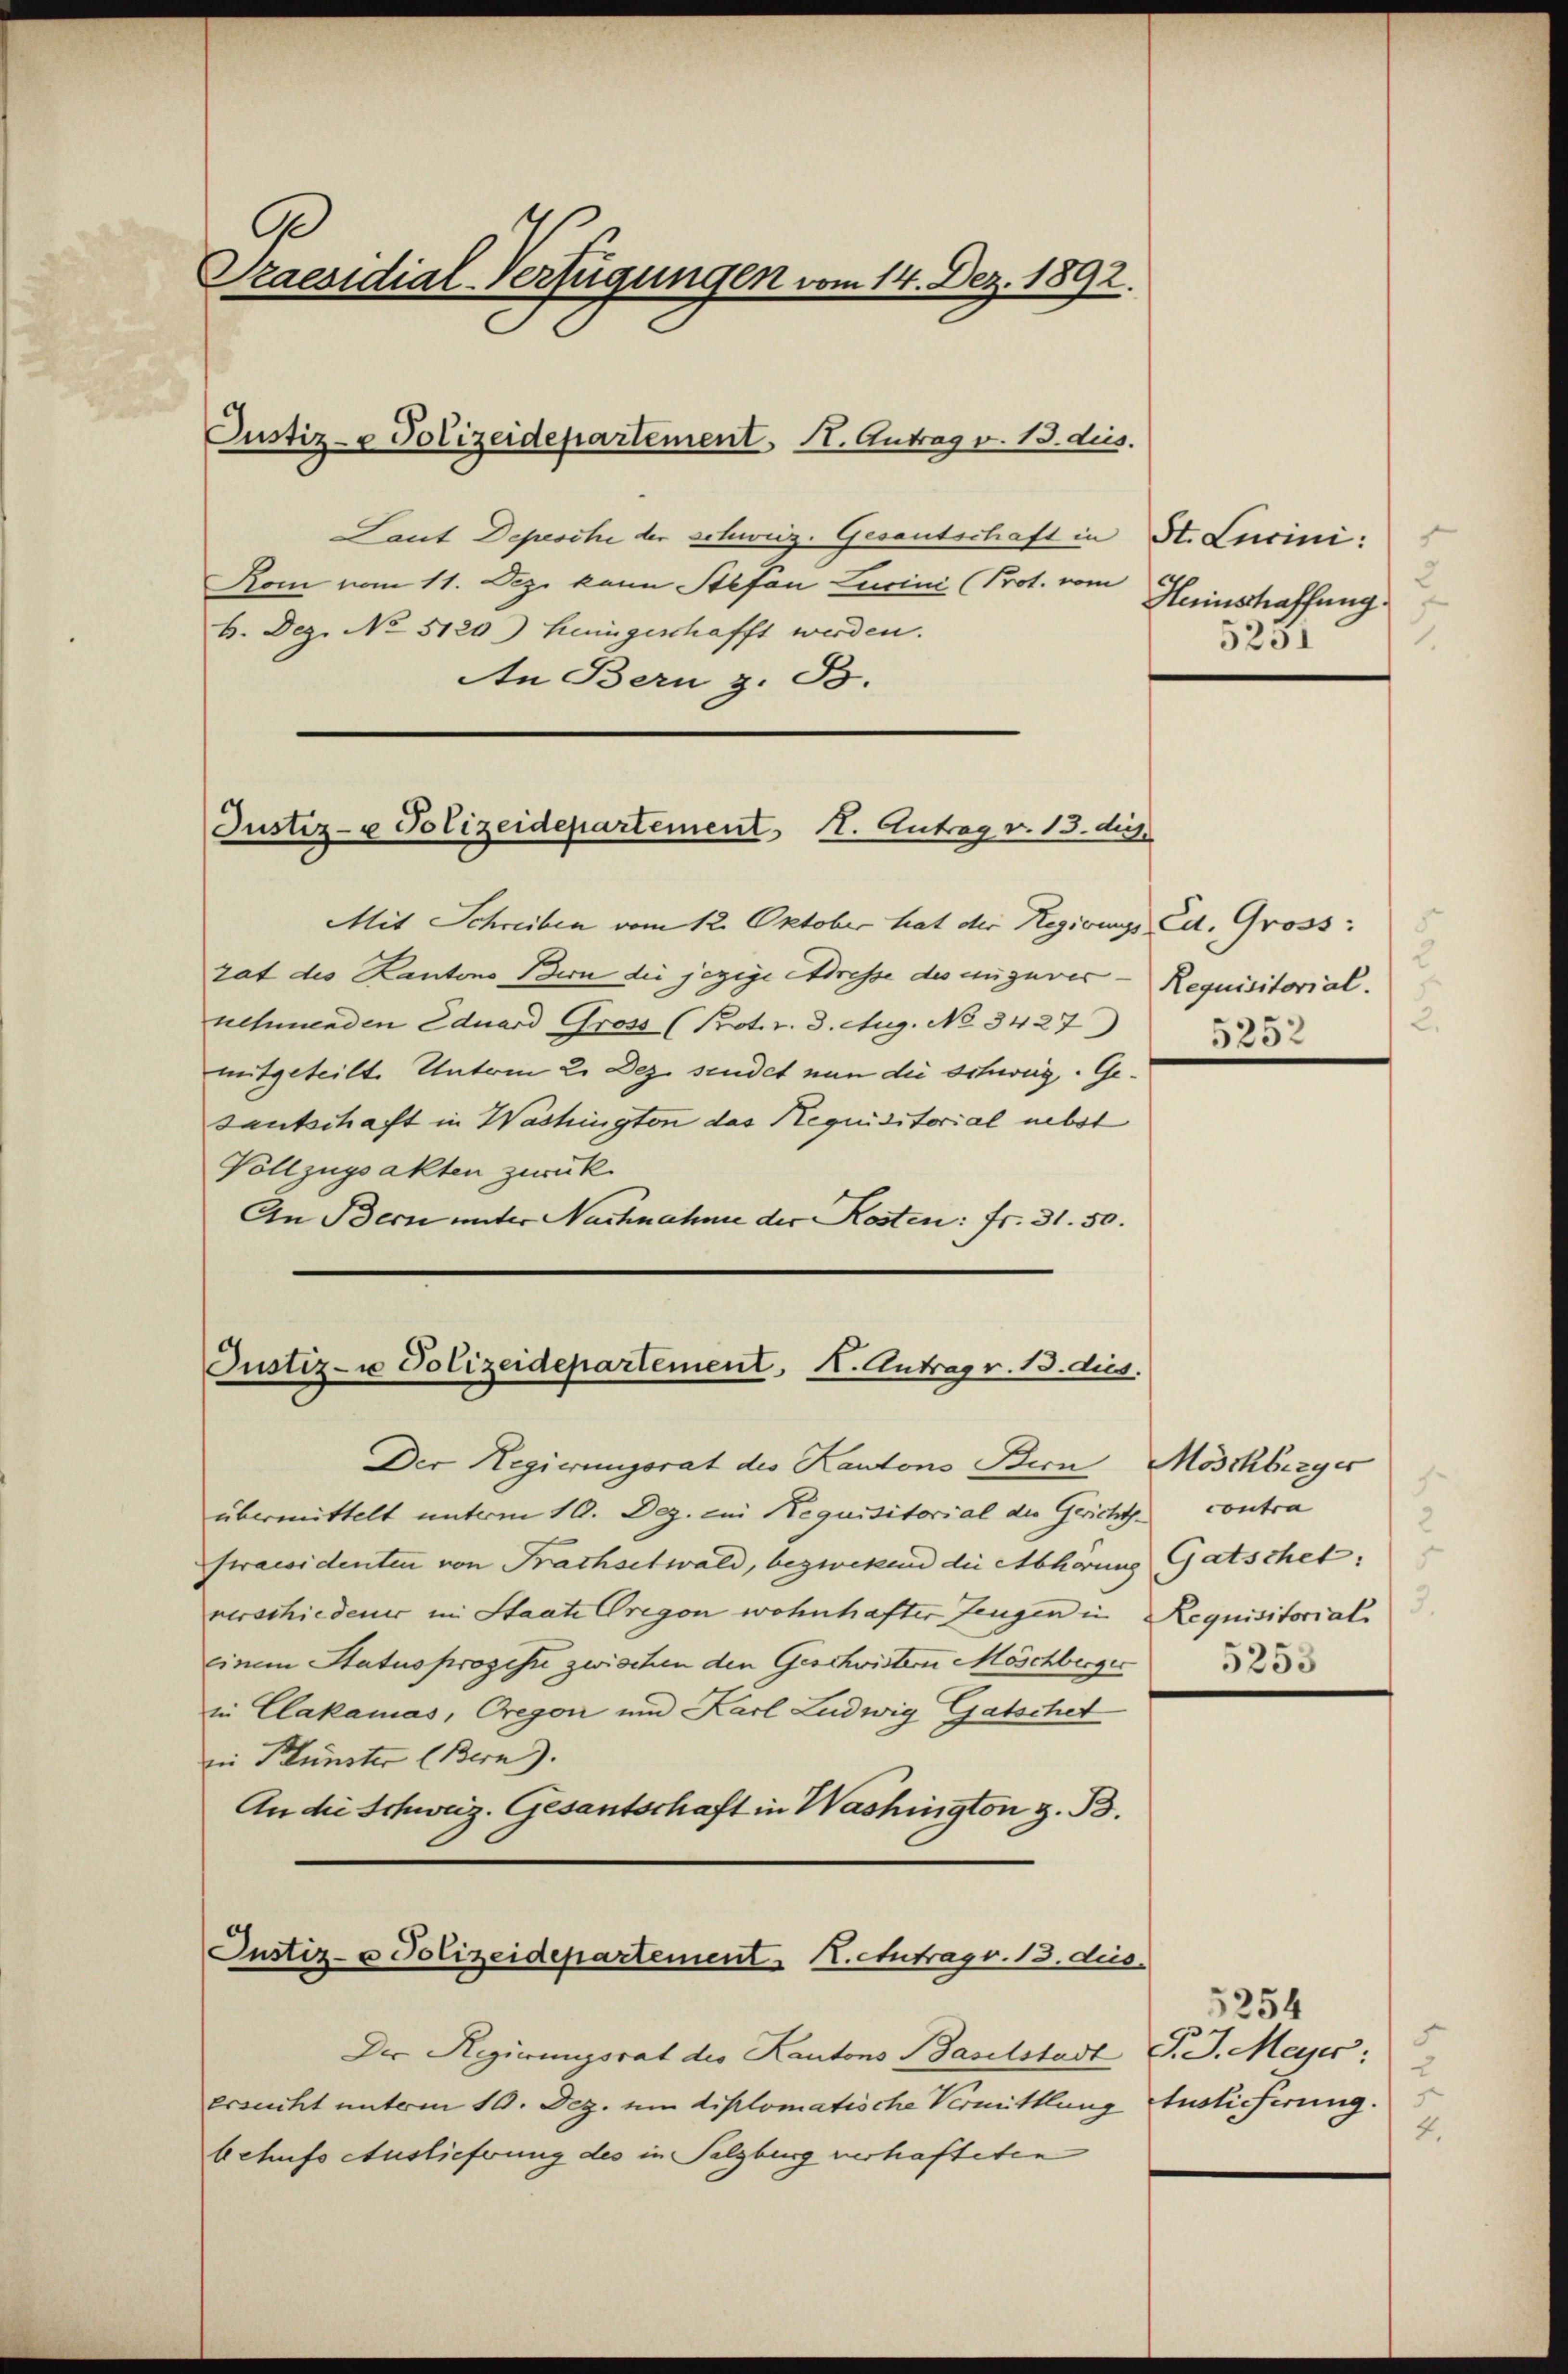
Praesidial-Verfügungen vom 14. Dez. 1892.

Laut Depesche der schweiz. Gesantschaft in St. Lucini:
Kom vom 11. Dez. kann Stefan Lucini (Prot. vom
b. Dez. No 5120) heimgeschafft werden.
An Bern z. B.
Mit Schreiben vom 12. Oktober hat der Regirungs Ed. Gross:
rat des Kantons Bern die jezige Adresse des anzuver - Requisitorial.
nehmenden Eduard Gross (Protr. 3. Aug. No 3427)
mitgeteilt. Untern 2. Dez. sendet nun die schweig. Gesantschaft in Washingten das Requisitorial nebst
Vollzugsakten zurück.
An Bern unter Nachnahme der Kosten: fr. 31. 50.

Justiz- & Polizeidepartement. 11. Antrag v. 13. dies

Justiz- & Polizeidepartement H. Antrag v. 13. diej

Justiz- u Polizeidepartement, K. Antrag v. 13. dus.

Justiz- u Polizeidepartement N. citrag v. 13. ds.

Der Regierungsrat des Kantons Baselstadt J. J. Majr:
ersucht unterm 10. Dez. um diplomatische Vermittlung
behufs Auslieferung des in Salzburg verhafteten

Praesidenten von Prachselwald, begwockend die Abhörung Gatschet:
verschiedener in Staate Gregon wohnhafter Zeugen in Requisitorial
einem Status propisse zwischen den Geschwistern Möschberger
in Clakamas, Gregon und Karl Ludwig Gatschet
Die Plünster (Bern).
An die Schweiz. Gesantschaft in Washington z. B.

Der Regierungsrat des Kantons Bern Möschberges
übermittelt unterm 10. Dez. ein Requisitorial die Gerichts¬

2
Heinschaffung
5231
1.

2.
5252

1
contra
2
3.
5253

5254
J
türlicherung.
4.